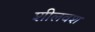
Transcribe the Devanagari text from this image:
शीलवश